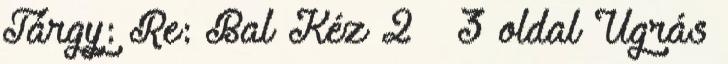
Tárgy: Re: Bal Kéz 2 3 oldal Ugrás